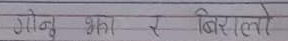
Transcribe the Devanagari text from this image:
गोनु भाका र बिरालो